Vital statistics of India. Vol. V, Reports of 1876 on armies & jails and on epidemic cholera
Year: 1876
Disease focus: Cholera
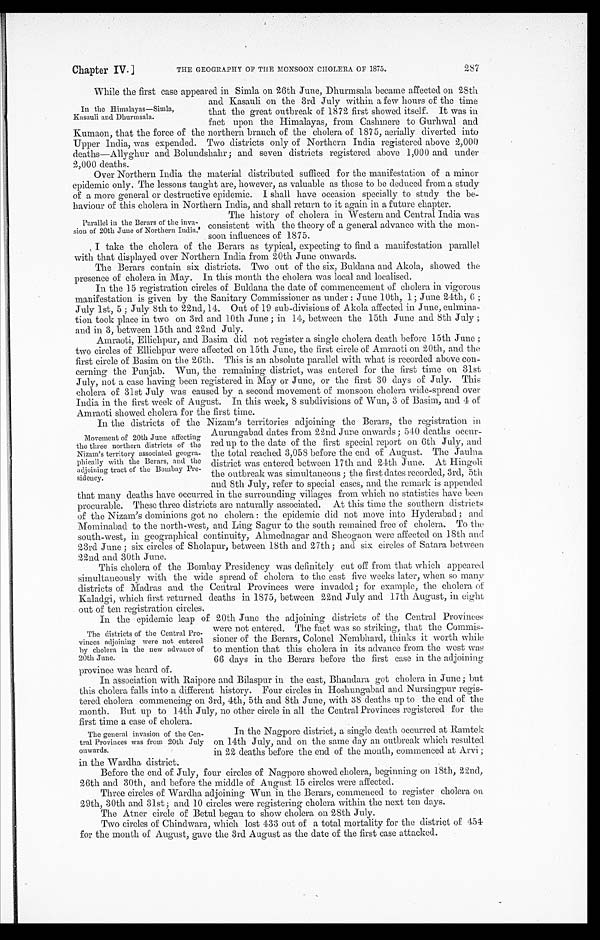
Chapter IV.]
THE GEOGRAPHY OF THE MONSOON CHOLERA OF 1875.
287
While the first case appeared in Simla on 26th June, Dhurmsala became affected on 28th
and Kasauli on the 3rd July within a few hours of the time
that the great outbreak of 1872 first showed itself. It was in
fact upon the Himalayas, from Cashmere to Gurhwal and
Kumaon, that the force of the northern branch of the cholera of 1875, aerially diverted into
Upper India, was expended. Two districts only of Northern India registered above 2,000
deaths—Allyghur and Bolundshahr; and seven districts registered above 1,000 and under
2,000 deaths.
Over Northern India the material distributed sufficed for the manifestation of a minor
epidemic only. The lessons taught are, however, as valuable as those to be deduced from a study
of a more general or destructive epidemic. I shall have occasion specially to study the be
-haviour of this cholera in Northern India, and shall return to it again in a, future chapter.
In the Himalayas—Simla,
Kasauli and Dhurmsala.
Parallel in the Berars of the inva
-sion of 20th June of Northern India.
The history of cholera in Western and Central India was
consistent with the theory of a general advance with the mon
-soon influences of 1875.
I take the cholera of the Berars as typical, expecting to find a manifestation parallel
with that displayed over Northern India from 20th June onwards.
The Berars contain six districts. Two out of the six, Buldana and Akola, showed the
presence of cholera in May. In this month the cholera was local and localised.
In the 15 registration circles of Buldana the date of commencement of cholera in vigorous
manifestation is given by the Sanitary Commissioner as under: June 10th, 1; June 24th, 6;
July 1st, 5; July 8th to 22nd, 14. Out of 19 sub-divisions of Akola affected in June, culmina
-tion took place in two on 3rd and 10th June; in 14, between the 15th June and 8th July;
and in 3, between 15th and 22nd July.
Amraoti, Ellichpur, and Basim did not register a single cholera death before 15th June;
two circles of Ellichpur were affected on 15th June, the first circle of Amraoti on 20th, and the
first circle of Basim on the 26th. This is an absolute parallel with what is recorded above con
-cerning the Punjab. Wun, the remaining district, was entered for the first time on 31st
July, not a case having been registered in May or June, or the first 30 days of July. This
cholera of 31st July was caused by a second movement of monsoon cholera wide-spread over
India in the first week of August. In this week, 8 subdivisions of Wun, 3 of Basim, and 4 of
Amraoti showed cholera for the first time.
In the districts of the Nizam's territories adjoining the Berars, the registration in
Aurungabad dates from 22nd June onwards; 540 deaths occur
-red up to the date of the first special report on 6th July, and
the total reached 3,058 before the end of August. The Jaulna
district was entered between 17th and 24th June. At Hingoli
the outbreak was simultaneous; the first dates recorded, 3rd, 5th
and 8th July, refer to special cases, and the remark is appended
that many deaths have occurred in the surrounding villages from which no statistics have been
procurable. These three districts are naturally associated. At this time the southern districts
of the Nizam's dominions got no cholera: the epidemic did not move into Hyderabad; and
Mominabad to the north-west, and Ling Sagur to the south remained free of cholera. To the
south-west, in geographical continuity, Ahmednagar and Sheogaon were affected on 18th and
23rd June; six circles of Sholapur, between 18th and 27th; and six circles of Satara between
22nd and 30th June.
This cholera of the Bombay Presidency was definitely cut off from that which appeared
simultaneously with the wide spread of cholera to the east five weeks later, when so many
districts of Madras and the Central Provinces were invaded; for example, the cholera of
Kaladgi, which first returned deaths in 1875, between 22nd July and 17th August, in eight
out of fen registration circles.
In the epidemic leap of 20th June the adjoining districts of the Central Provinces
were not entered. The fact was so striking, that the Commis
-sioner of the Berars, Colonel Nembhard, thinks it worth while
to mention that this cholera in its advance from the west was
66 days in the Berars before the first case in the adjoining
province was heard of.
In association with Raipore and Bilaspur in the east, Bhandara got cholera in June; but
this cholera falls into a different history. Four circles in Hoshungabad and Nursingpur regis
-tered cholera commencing on 3rd, 4th, 5th and 8th June, with 38 deaths up to the end of the
month. But up to 14th July, no other circle in all the Central Provinces registered for the
first time a case of cholera.
In the Nagpore district, a single death occurred at Ramtek
on 14th July, and on the same day an outbreak which resulted
in 22 deaths before the end of the month, commenced at Arvi;
in the Wardha district.
Before the end of July, four circles of Nagpore showed cholera, beginning on 18th, 22nd,
26th and 30th, and before the middle of August 15 circles were affected.
Three circles of Wardha adjoining Wun in the Berars, commenced to register cholera on
29th, 30th and 31st; and 10 circles were registering cholera within the next ten days.
The Atner circle of Betul began to show cholera on 28th July.
Two circles of Chindwara, which lost 433 out of a total mortality for the district of 454
for the month of August, gave the 3rd August as the date of the first case attacked.
Movement of 20th June affecting
the three northern districts of the
Nizam's territory associated geogra
-phically with the Berars, and the
adjoining tract of the Bombay Pre-
sidency.
The districts of the Central Pro-
vinces adjoining were not entered
by cholera in the new advance of
20th June.
The general invasion of the Cen-
tral Provinces was from 20th July
onwards.